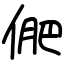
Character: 俷